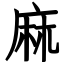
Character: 麻